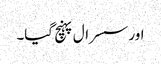
اور سسرال پہنچ گیا۔